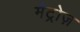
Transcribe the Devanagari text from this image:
मेट्रोज़